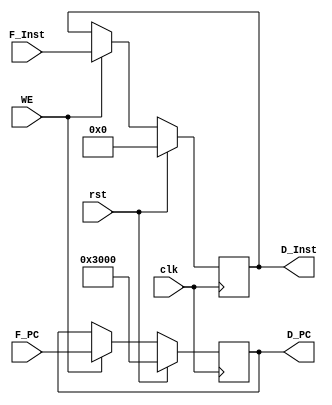
module D_Reg (
    input wire        clk   ,
    input wire        rst   ,
    input wire        WE    ,
    input wire [31:0] F_PC   ,
    input wire [31:0] F_Inst ,
    output reg [31:0] D_PC   ,
    output reg [31:0] D_Inst 
);
    always @(posedge clk ) begin
        if (rst) begin
            D_PC   <= 32'h00003000;
            D_Inst <= 32'h00000000;
        end
        else if (WE) begin
            D_PC   <= F_PC;
            D_Inst <= F_Inst;
        end
    end  
endmodule